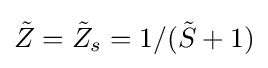
{\tilde {Z}}={\tilde {Z}}_{s}=1/({\tilde {S}}+1)